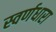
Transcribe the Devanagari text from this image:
स्वर्णधारा